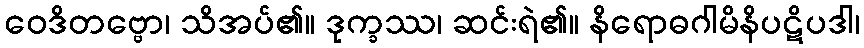
ဝေဒိတဗ္ဗော၊ သိအပ်၏။ ဒုက္ခဿ၊ ဆင်းရဲ၏။ နိရောဓဂါမိနိပဋိပဒါ၊